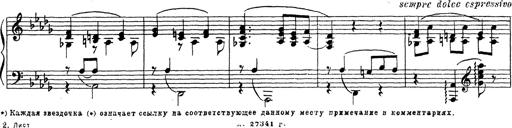
Title: Ballade No.1
Composer: Richard St. Clair